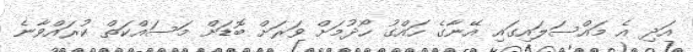
އަދި އެ މައްސަލައިގައި އޭނާގެ ހައްގު ހޯދުމަށް ވަރަށް ބޮޑަށް މަސައްކަތް ކުރައްވާނެ